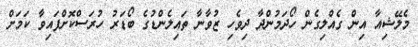
މެލޭޝިއާ އިން ގެއްލިގެން ހޯދަމުންދާ ދިވެހި ޒުވާނާ ތައިލެންޑުގެ ބޯޑަރު ހުރަސްކޮށްފައިވާ ކަމަށް